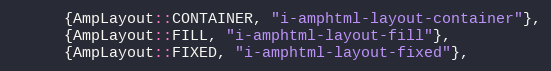
Language: C++
      {AmpLayout::CONTAINER, "i-amphtml-layout-container"},
      {AmpLayout::FILL, "i-amphtml-layout-fill"},
      {AmpLayout::FIXED, "i-amphtml-layout-fixed"},